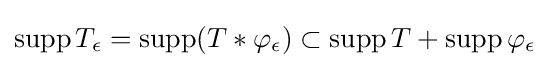
\operatorname {supp} T_{\epsilon }=\operatorname {supp} (T\ast \varphi _{\epsilon })\subset \operatorname {supp} T+\operatorname {supp} \varphi _{\epsilon }